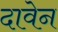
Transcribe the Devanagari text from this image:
दावेन